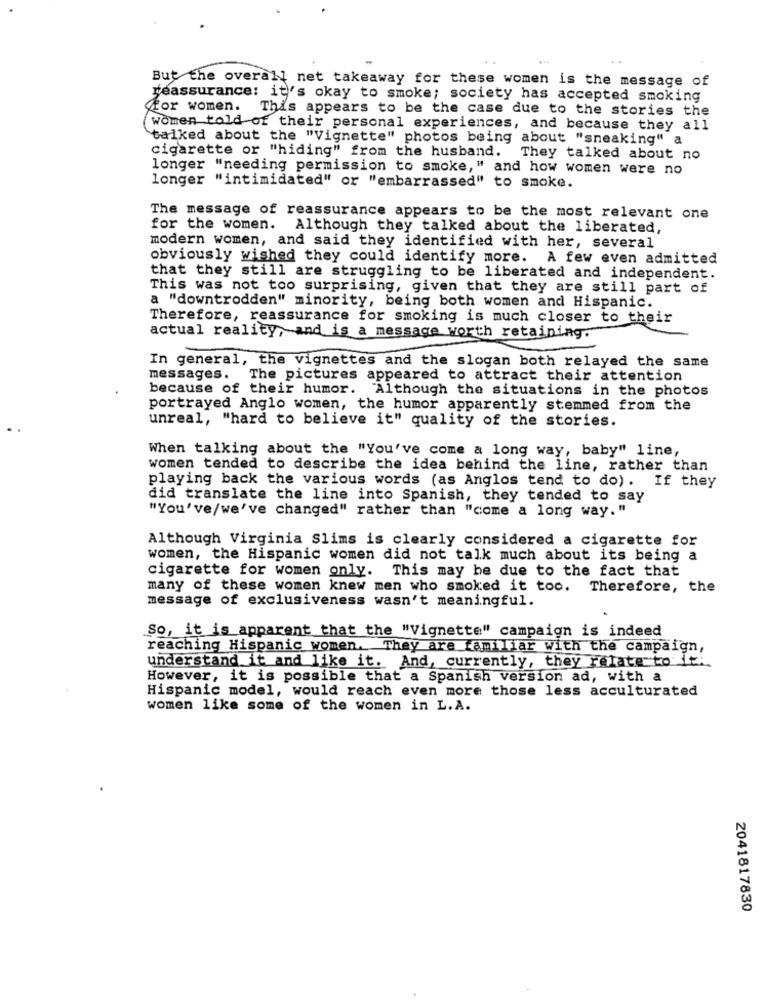
But the overall net takeaway for these women is the message of
reassurance: it's okay to smoke; society has accepted smoking
for women.
This appears to be the case due to the stories the
women told of their personal experiences, and because they all
talked about the "Vignette" photos being about "sneaking" a
cigarette or "hiding" from the husband. They talked about no
longer "needing permission to smoke," and how women were no
longer "intimidated" or "embarrassed" to smoke.
The message of reassurance appears to be the most relevant one
for the women.
Although they talked about the liberated,
modern women, and said they identified with her, several
obviously wished they could identify more. A few even admitted
that they still are struggling to be liberated and independent.
This was not too surprising, given that they are still part of
a "downtrodden" minority, being both women and Hispanic.
Therefore, reassurance for smoking is much closer to their
actual reality, and is a message worth retaining."
In general, the vignettes and the slogan both relayed the same
messages. The pictures appeared to attract their attention
because of their humor. Although the situations in the photos
portrayed Anglo women, the humor apparently stemmed from the
unreal, "hard to believe it" quality of the stories.
When talking about the "You've come a long way, baby" line,
women tended to describe the idea behind the line, rather than
playing back the various words (as Anglos tend to do). If they
did translate the line into Spanish, they tended to say
"You've/we've changed" rather than "come a long way. "
Although Virginia Slims is clearly considered a cigarette for
women, the Hispanic women did not talk much about its being a
cigarette for women only.
This may be due to the fact that
many of these women knew men who smoked it too. Therefore, the
message of exclusiveness wasn't meaningful.
So, it is apparent that the "Vignette" campaign is indeed
reaching Hispanic women. They are familiar with the campaign,
understand it and like it. And, currently, they relate to it.
However, it is possible that a Spanish version ad, with a
Hispanic model, would reach even more those less acculturated
women like some of the women in L.A.
2041817830